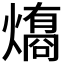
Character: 𤐟